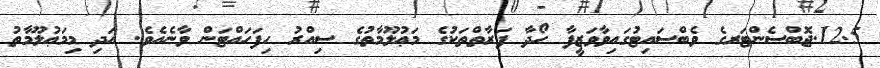
12.5.ޖޮބްސެންޓަރގެ ވެބްސައިޓުގައިވާވަޒީފާ ހޯދާ ފަރާތްތަކުގެ މަޢުލޫމާތުގެ ސިއްރު ހިފަހައްޓަން ވާނެއެވެ. އަދި މިމަޢުލޫމާތު